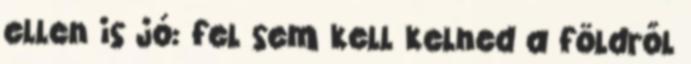
ellen is jó: fel sem kell kelned a földről